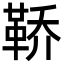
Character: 鞒